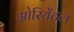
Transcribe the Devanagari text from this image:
ओरियेंटल